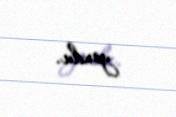
yoxdu.